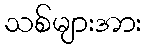
သစ်များအား